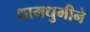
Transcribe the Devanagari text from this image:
धामधुमीने